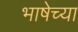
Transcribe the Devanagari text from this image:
भाषेच्‍या